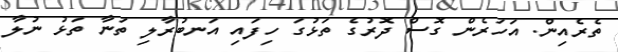
ތެރެއިން. އަހަރެން ގޮސް ދޮރުގެ ތަޅުގަ ހިފައި އަނބުރާލި ތަނާ ތަޅު ނުލާ